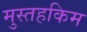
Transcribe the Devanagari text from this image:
मुस्तहकिम